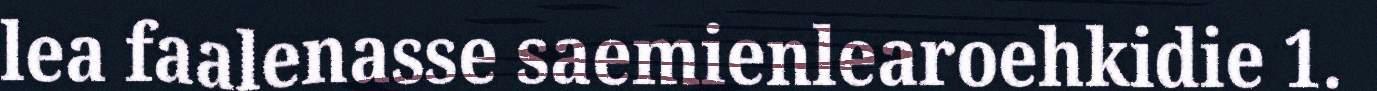
lea faalenasse saemienlearoehkidie 1.